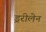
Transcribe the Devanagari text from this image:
ड्ररीलेन